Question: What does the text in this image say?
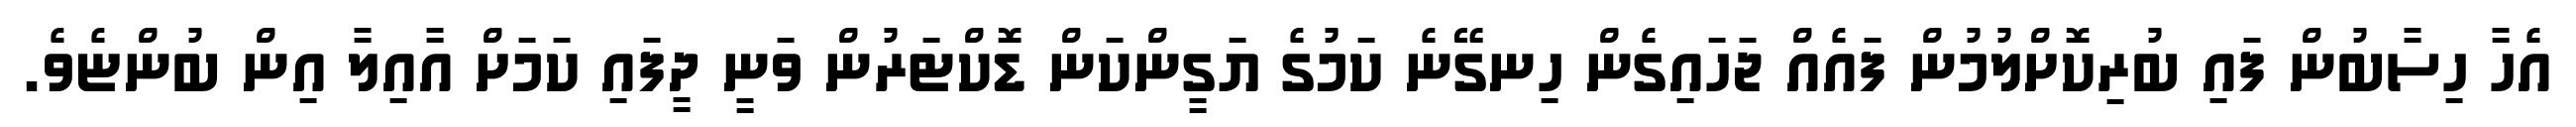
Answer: އެހާ ހިސާބުން ފައި ބުރިކޮށްލުމުން ފައެއް ޖަހައިގެން ހިނގޭނެ ކަމުގެ ޔަގީންކަން ޑޮކްޓަރުން ވަނީ ދީފައި ކަމަށް އާއިލާ އިން ބުންޏެވެ.